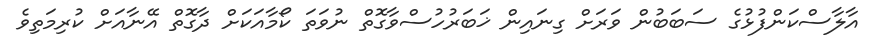
އާލާސްކަންފުޅުގެ ސަބަބުން ވަރަށް ގިނައިން ޚަބަރުހުސްވާގޮތް ނުވަތަ ކޯމާއަކަށް ދާގޮތް އޭނާއަށް ކުރިމަތިވެ